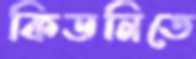
কিডনিতে